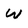
Character: w